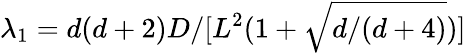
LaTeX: \lambda_{1}=d(d+2)D/[L^{2}(1+\sqrt{d/(d+4)})]